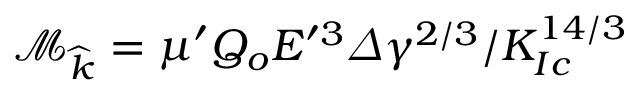
\mathcal { M } _ { \widehat { k } } = \mu ^ { \prime } Q _ { o } E ^ { \prime 3 } \varDelta \gamma ^ { 2 / 3 } / K _ { I c } ^ { 1 4 / 3 }